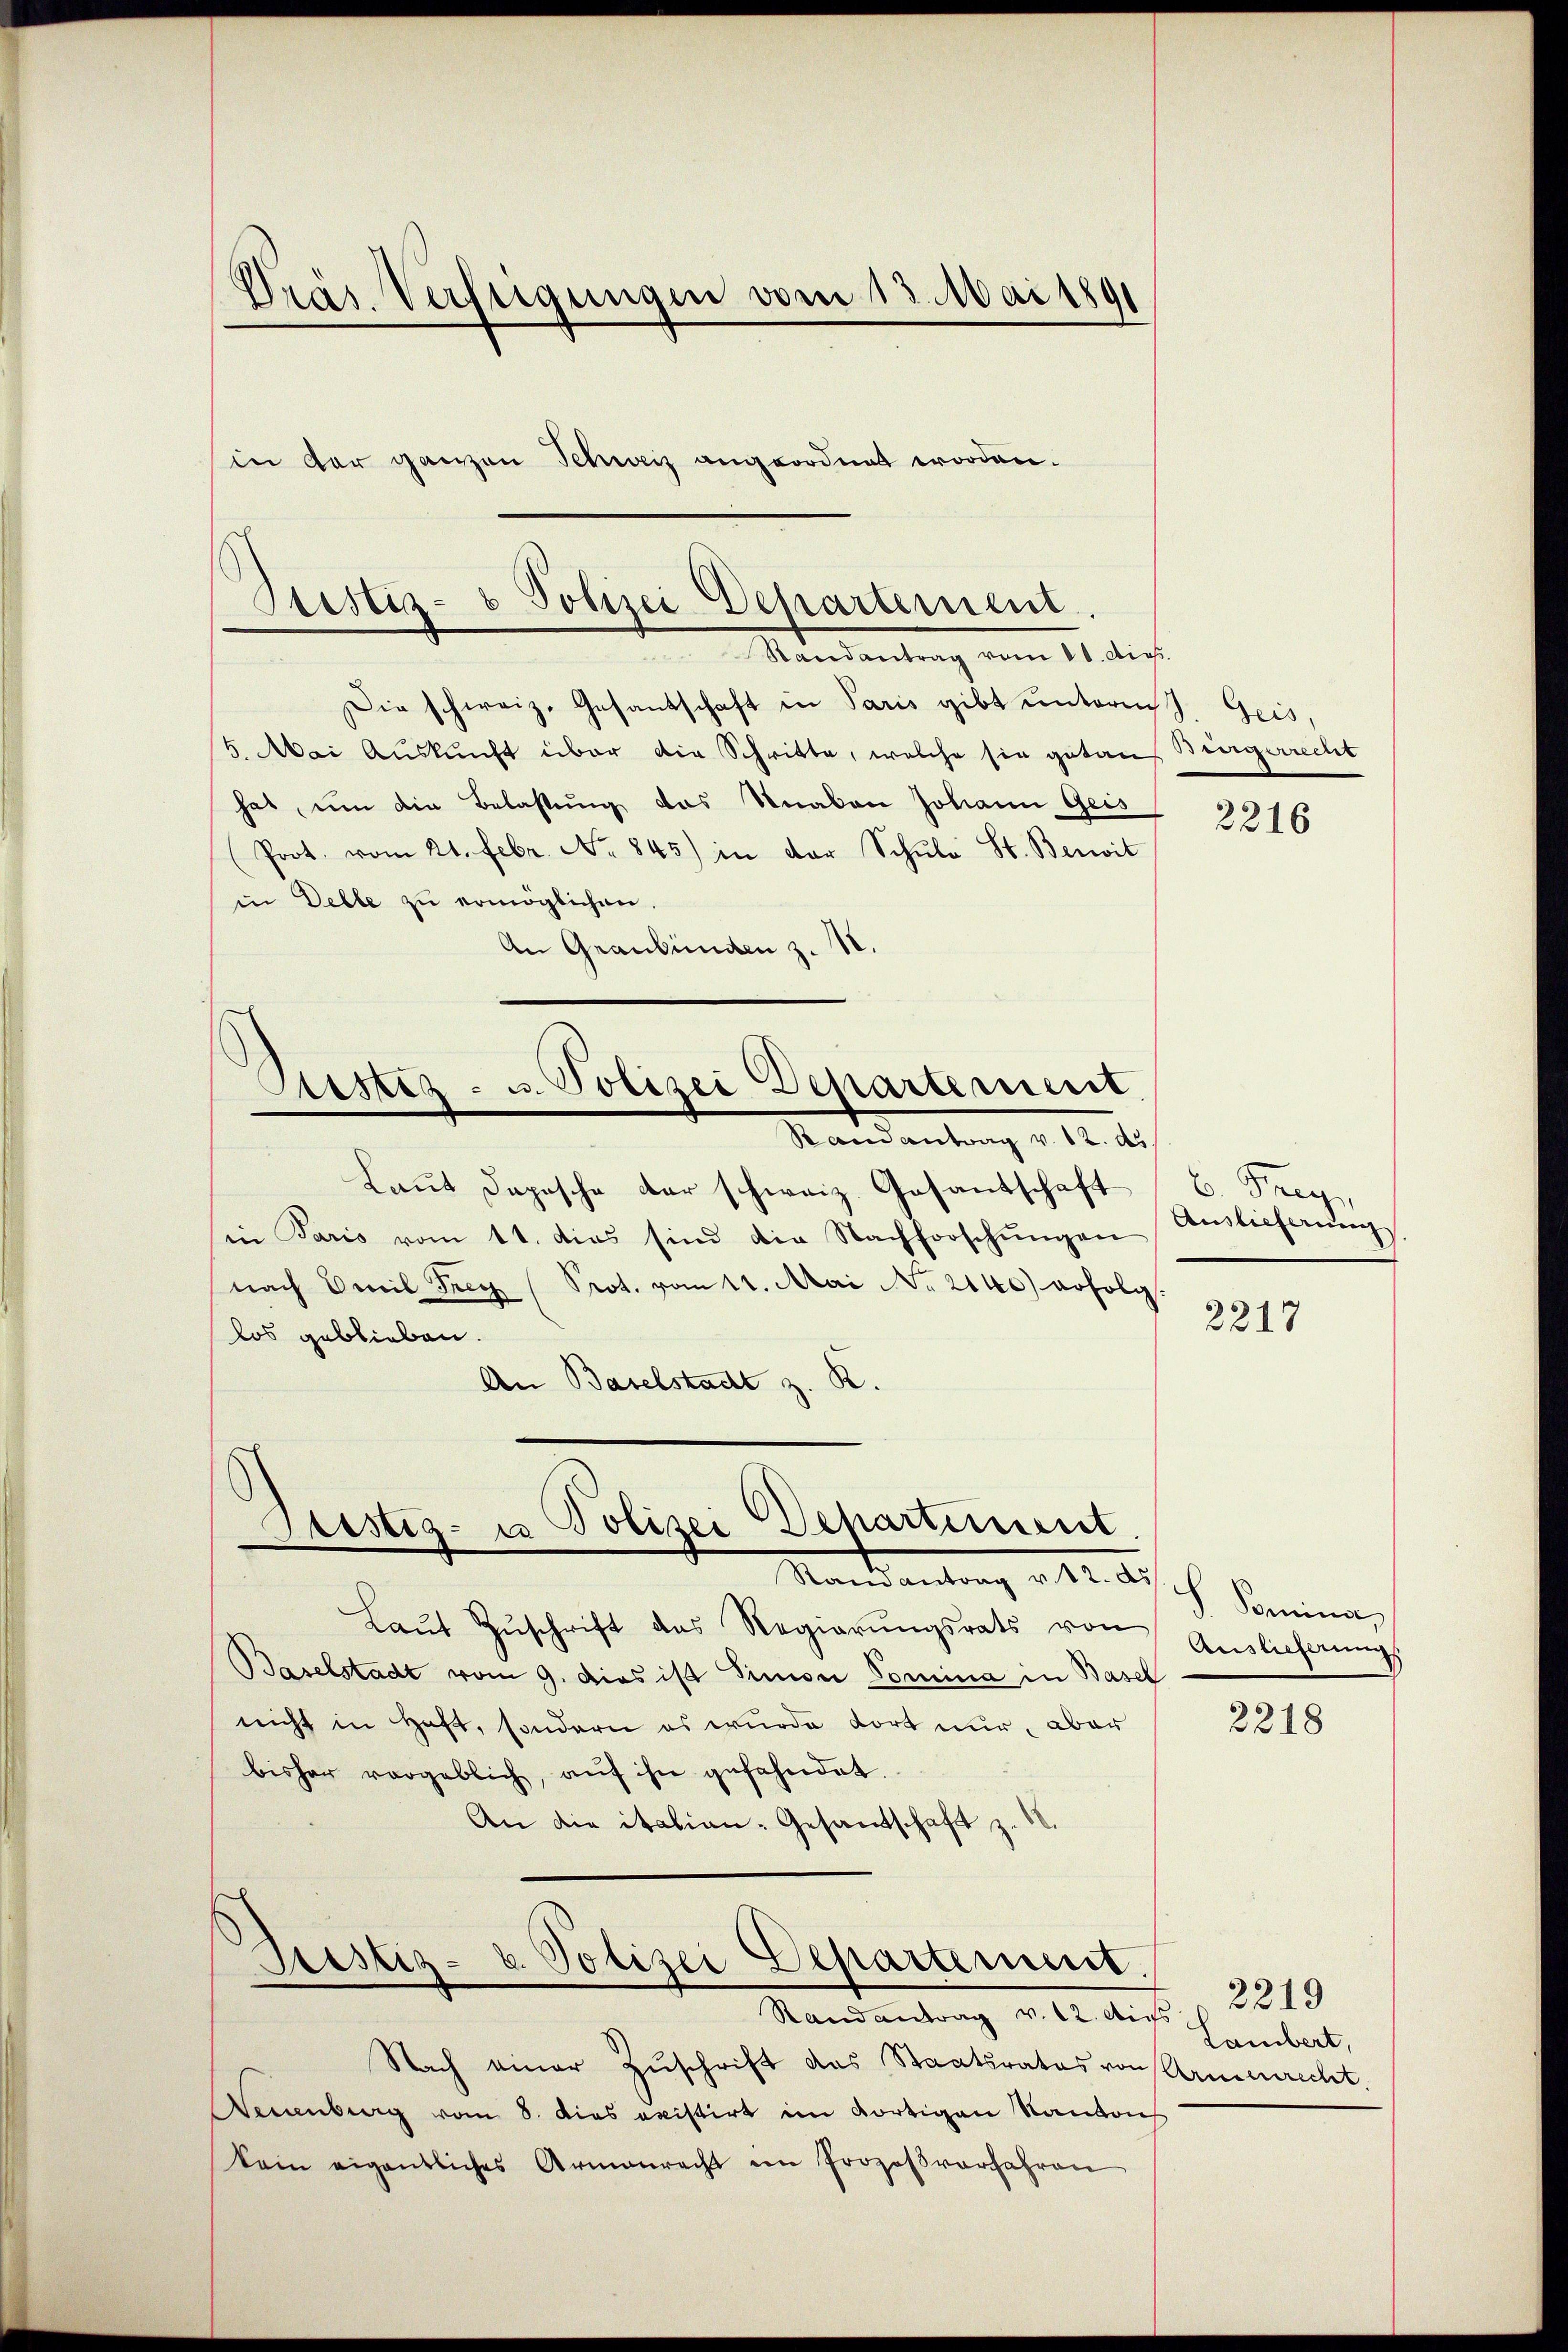
Die schweiz. Gesandschaft in Paris gibt untern. Geis,
5. Mai Auskunft über die Schritte, welche sie getaus Bürgerrecht
hat, um die Belastung das Knaben Johann Geis
(Prot. vom 21. Febr. No 845) in der Schŭle St. Berwit
in Delle zu ermöglichen.
An Graubünden z. 18.

Laŭt Daposche der schweiz. Gesantschaft
in Paris vom 11. dies sind die Nachforschŭngen
nach Emil Frey (Prot. vom 11. Mai No 2140) erfolg.
los geblieben.
An Baselstadt z. R.

Präs. Verftigungen vom 13. Mai 1891
in der ganzen Schweiz angeordnet worden.

Zustiz- & Polizei Departement
Randantrag vom 11. dig.

Aristiz- u. Polizei Departement
Randantrag v. 12. ds

Sistiz- u Polizei Departiment
Mandantrag ad 2. A. h. Komina,

Nach einer Zuschrift das Staatsrates von Americht.
Dernberg vom 8. dies existirt im dortigen Kantons
kein eigentliches Armenrecht ein Prozeβvorfahren

Laŭt Zŭschrift das Regierŭngsrats von Auslicherŭngs
Baselstadt vom 9. dies ist Simon Domina in Basel
nicht in Haft, sondern es wurde dort nur, aber
bisher vorgeblich, aŭf ihn gefahndet.
An die italien-Gesandschaft z.

Justiz- u. Polizei Departement.

Randendung v. 2. Art. 2219

2216

b. Frey
Auslieferung

2217

2218

Lambert,